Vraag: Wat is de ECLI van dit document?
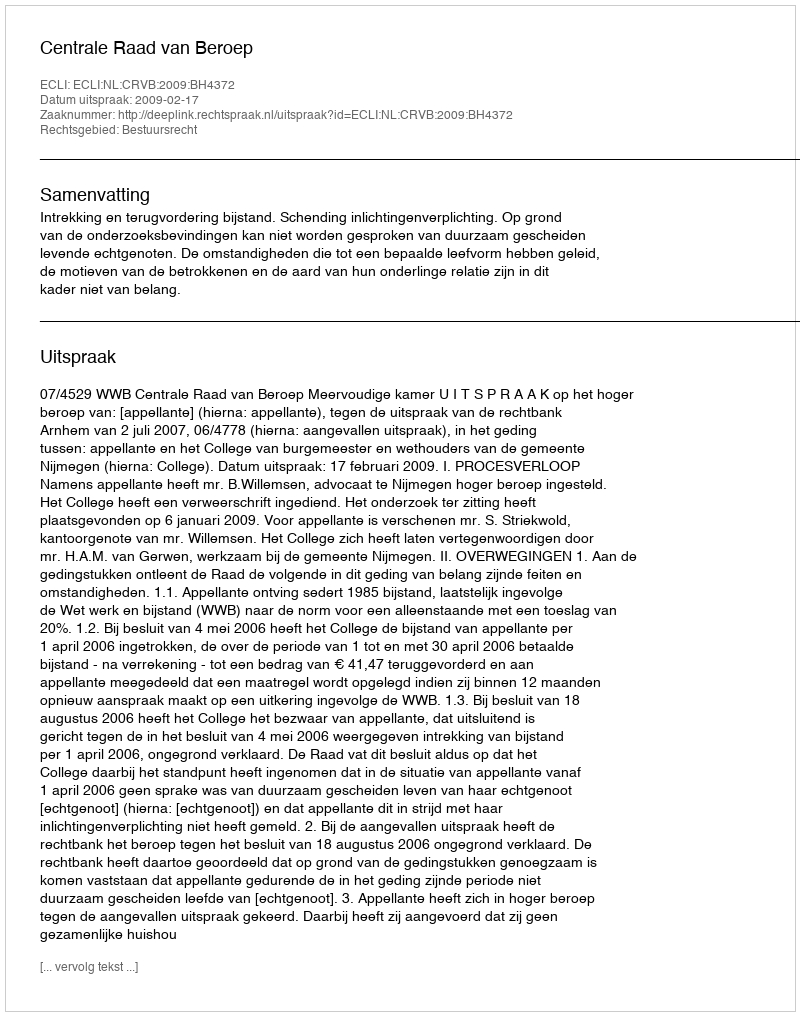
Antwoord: ECLI:NL:CRVB:2009:BH4372